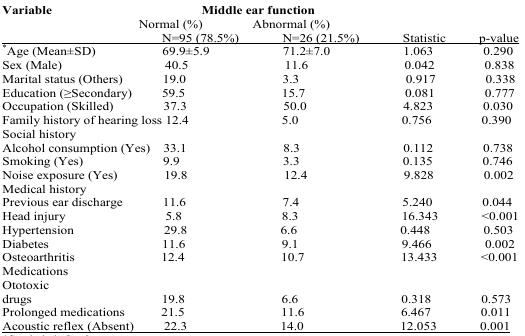
<table><thead><tr><td><b>Variable</b></td><td colspan="2"><b>Middle ear function</b></td><td></td><td></td></tr><tr><td></td><td><b>Normal (%)</b></td><td><b>Abnormal (%)</b></td><td></td><td></td></tr><tr><td></td><td><b>N=95 (78.5%)</b></td><td><b>N=26 (21.5%)</b></td><td><b>Statistic</b></td><td><b>p-value</b></td></tr></thead><tbody><tr><td>*Age (Mean±SD)</td><td>69.9±5.9</td><td>71.2±7.0</td><td>1.063</td><td>0.290</td></tr><tr><td>Sex (Male)</td><td>40.5</td><td>11.6</td><td>0.042</td><td>0.838</td></tr><tr><td>Marital status (Others)</td><td>19.0</td><td>3.3</td><td>0.917</td><td>0.338</td></tr><tr><td>Education (≥Secondary)</td><td>59.5</td><td>15.7</td><td>0.081</td><td>0.777</td></tr><tr><td>Occupation (Skilled)</td><td>37.3</td><td>50.0</td><td>4.823</td><td>0.030</td></tr><tr><td>Family history of hearing loss</td><td>12.4</td><td>5.0</td><td>0.756</td><td>0.390</td></tr><tr><td>Social history</td><td></td><td></td><td></td><td></td></tr><tr><td>Alcohol consumption (Yes)</td><td>33.1</td><td>8.3</td><td>0.112</td><td>0.738</td></tr><tr><td>Smoking (Yes)</td><td>9.9</td><td>3.3</td><td>0.135</td><td>0.746</td></tr><tr><td>Noise exposure (Yes)</td><td>19.8</td><td>12.4</td><td>9.828</td><td>0.002</td></tr><tr><td>Medical history</td><td></td><td></td><td></td><td></td></tr><tr><td>Previous ear discharge</td><td>11.6</td><td>7.4</td><td>5.240</td><td>0.044</td></tr><tr><td>Head injury</td><td>5.8</td><td>8.3</td><td>16.343</td><td>&lt;0.001</td></tr><tr><td>Hypertension</td><td>29.8</td><td>6.6</td><td>0.448</td><td>0.503</td></tr><tr><td>Diabetes</td><td>11.6</td><td>9.1</td><td>9.466</td><td>0.002</td></tr><tr><td>Osteoarthritis</td><td>12.4</td><td>10.7</td><td>13.433</td><td>&lt;0.001</td></tr><tr><td>MedicationsOtotoxicdrugs</td><td>19.8</td><td>6.6</td><td>0.318</td><td>0.573</td></tr><tr><td>Prolonged medications</td><td>21.5</td><td>11.6</td><td>6.467</td><td>0.011</td></tr><tr><td>Acoustic reflex (Absent)</td><td>22.3</td><td>14.0</td><td>12.053</td><td>0.001</td></tr></tbody></table>